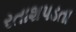
રતાશપડતા